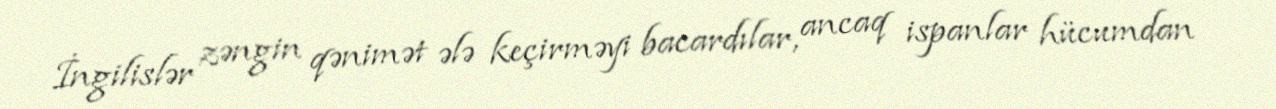
İngilislər zəngin qənimət ələ keçirməyi bacardılar, ancaq ispanlar hücumdan